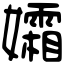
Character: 孀